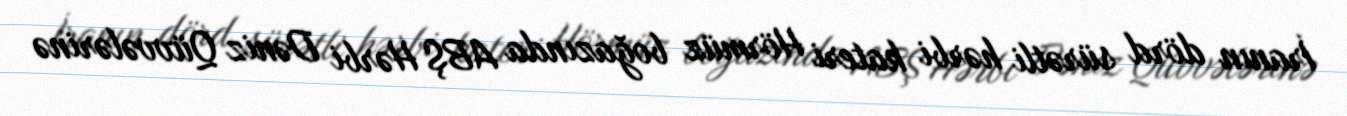
İranın dörd sürətli hərbi kateri Hörmüz boğazında ABŞ Hərbi Dəniz Qüvvələrinə